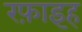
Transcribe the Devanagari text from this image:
रफ़ाइह